Mental hospitals Bombay report 1921-28 - 1921-1928
Year: 1921
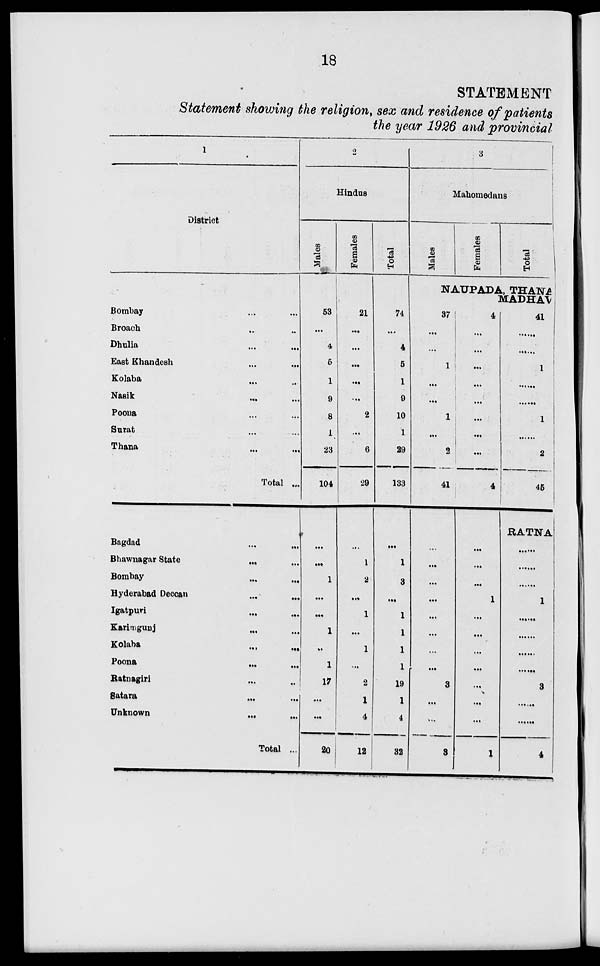
18
STATEMENT
Statement showing the religion, sex and residence of patients
the year 1926 and provincial
1
District
Bombay ... ...
Broach ... ...
Dhulia ... ...
East Khandesh ... ...
Kolaba ... ...
Nasik ... ...
Poona ... ...
Surat ... ...
Thana ... ...
Total ...
Bagdad ... ...
Bhawnagar State
...
...
Bombay ... ...
Hyderabad Deccan ... ...
Igatpuri ... ...
Karimgunj ... ...
Kolaba
...
...
Poona ... ...
Ratnagiri ... ...
Satara
...
...
Unknown ... ...
Total ...
2
Hindus
Males
53
...
4
5
1
9
8
1
23
104
...
...
1
...
...
1
...
1
17
...
...
20
Females
21
...
...
...
...
...
2
...
6
29
...
1
2
...
1
...
1
...
2
1
4
12
Total
74
...
4
5
1
9
10
1
29
133
...
1
3
...
1
1
1
1
19
1
4
32
3
Mahometans
Males
Females
Total
NAUPADA, THANA
MADHAV
37
...
...
1
...
...
1
...
2
41
...
...
...
...
...
...
...
...
3
...
...
3
4
...
...
...
...
...
...
...
...
4
...
...
...
1
...
...
...
...
...
...
...
1
41
......
......
1
......
......
1
......
2
45
RATNA
......
......
......
1
......
......
......
......
3
......
......
4